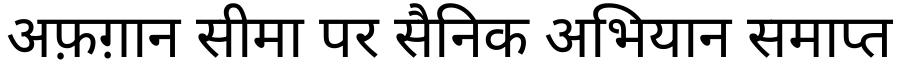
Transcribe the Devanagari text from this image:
अफ़ग़ान सीमा पर सैनिक अभियान समाप्त